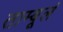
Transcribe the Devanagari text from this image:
ताम्बूलं